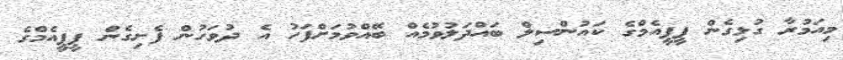
މިއަމުރާ ގުޅިގެން ޕީޕީއެމްގެ ކައުންސިލް ބައްދަލުވުމެއް ބޭއްވުމަށްފަހު އެ ދުވަހުން ފެށިގެން ޕީޕީއެމްގެ